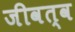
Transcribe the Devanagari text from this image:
जीवत्व